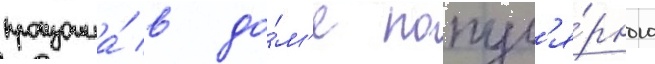
произошла́ в до́м'е попул'я́рного